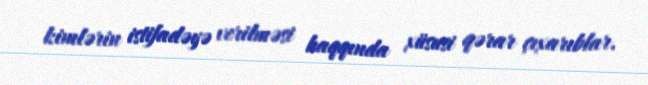
kimlərin istifadəyə verilməsi haqqında xüsusi qərar çıxarıblar.